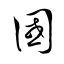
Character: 國